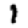
Digit: 1